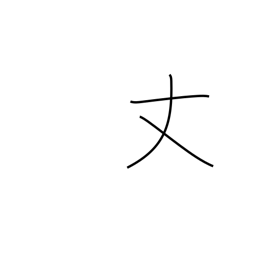
Meaning: only